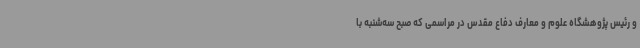
و رئیس پژوهشگاه علوم و معارف دفاع مقدس در مراسمی که صبح سه‌شنبه با